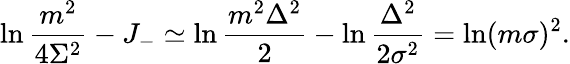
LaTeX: \ln\frac{m^{2}}{4\Sigma^{2}}-J_{-}\simeq\ln\frac{m^{2}\Delta^{2}}{2}-\ln\frac{\Delta^{2}}{2\sigma^{2}}=\ln(m\sigma)^{2}.